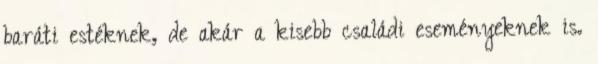
baráti estéknek, de akár a kisebb családi eseményeknek is.